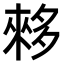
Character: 𫯓